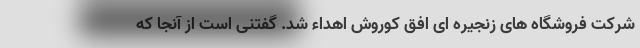
شرکت فروشگاه های زنجیره ای افق کوروش اهداء شد. گفتنی است از آنجا که